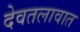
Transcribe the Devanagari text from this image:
देवतलावात